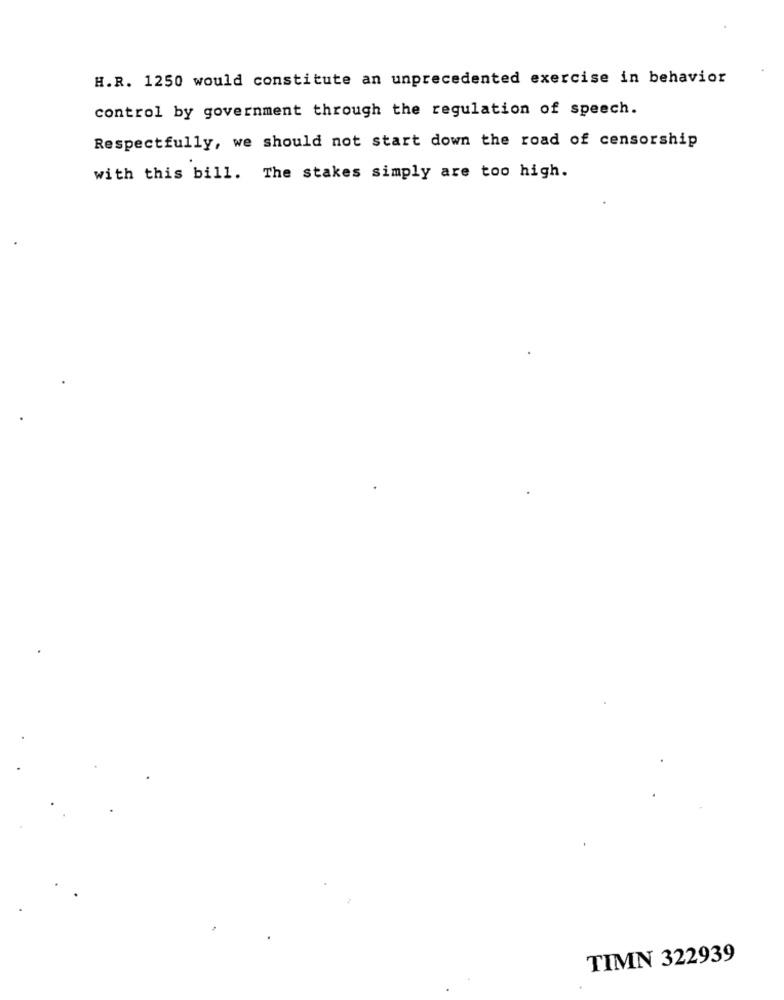
H.R. 1250 would constitute an unprecedented exercise in behavior
control by government through the regulation of speech.
Respectfully, we should not start down the road of censorship
with this bill. The stakes simply are too high.
TIMN 322939